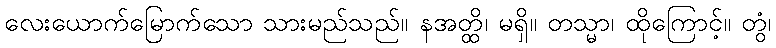
လေးယောက်မြောက်သော သားမည်သည်။ နအတ္ထိ၊ မရှိ။ တသ္မာ၊ ထိုကြောင့်။ တွံ၊